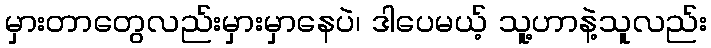
မှားတာတွေလည်းမှားမှာနေပဲ၊ ဒါပေမယ့် သူ့ဟာနဲ့သူလည်း